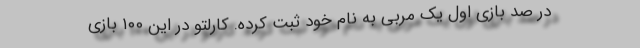
در صد بازی اول یک مربی به نام خود ثبت کرده. کارلتو در این ۱۰۰ بازی